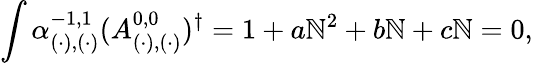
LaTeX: \int\alpha_{(\cdot),(\cdot)}^{-1,1}(A_{(\cdot),(\cdot)}^{0,0})^{\dagger}=1+a\mathbb{N}^{2}+b\mathbb{N}+c\mathbb{N}=0,